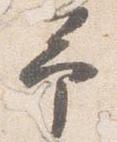
予